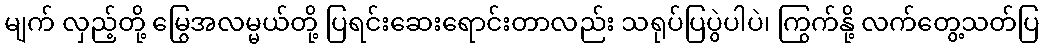
မျက် လှည့်တို့ မြွေအလမ္မယ်တို့ ပြရင်းဆေးရောင်းတာလည်း သရုပ်ပြပွဲပါပဲ၊ ကြွက်နို့ လက်တွေ့သတ်ပြ